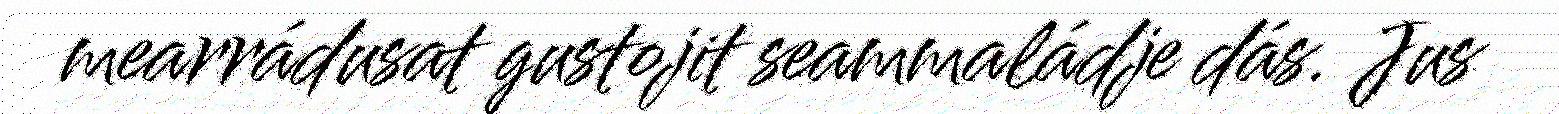
mearrádusat gustojit seammaládje dás. Jus